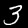
Label: 3